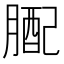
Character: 𦟊